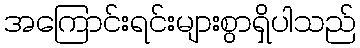
အကြောင်းရင်းများစွာရှိပါသည်